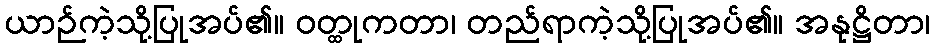
ယာဉ်ကဲ့သို့ပြုအပ်၏။ ဝတ္ထုကတာ၊ တည်ရာကဲ့သို့ပြုအပ်၏။ အနုဋ္ဌိတာ၊